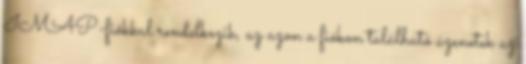
IMAP-fiókkal rendelkezik, az azon a fiókon található üzenetek az